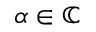
\alpha \in \mathbb { C }